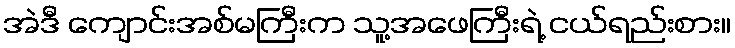
အဲဒီ ကျောင်းအစ်မကြီးက သူ့အဖေကြီးရဲ့ ငယ်ရည်းစား။